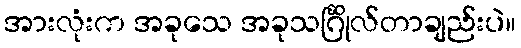
အားလုံးက အခုသေ အခုသင်္ဂြိုလ်တာချည်းပဲ။